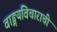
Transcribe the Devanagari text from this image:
वाङ्मयविचाराची